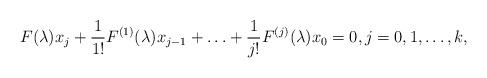
LaTeX: \begin{align*}F(\lambda)x_j + \frac{1}{1!} F^{(1)}(\lambda)x_{j-1}+ \ldots + \frac{1}{j!} F^{(j)}(\lambda) x_0 = 0, j = 0, 1, \ldots, k,\end{align*}